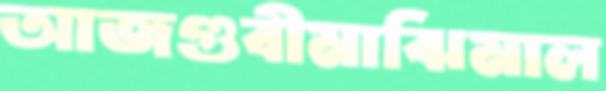
আজগুবীমাঝিমাল